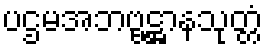
ပဌမအဘဗ္ဗဋ္ဌာနသုတ္တံ